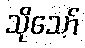
သိုသော်